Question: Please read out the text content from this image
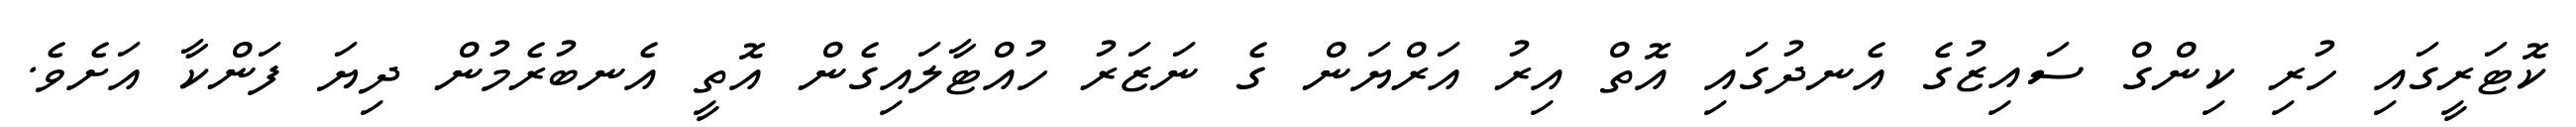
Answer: ކޮޓަރީގައި ހުރި ކިންގް ސައިޒުގެ އެނދުގައި އޮތް އިރު އަރްޔަން ގެ ނަޒަރު ހުއްޓާލައިގެން އޮތީ އެނބުރެމުން ދިޔަ ފަންކާ އަށެވެ.